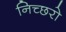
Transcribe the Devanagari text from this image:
निच्छरो